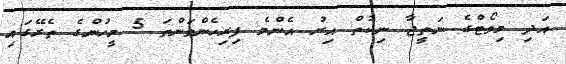
އަދި މިވޯޓްގެ ނަތީޖާ ނިކުތް އިރު އެންމެ ފިރިހެންވަންތަ 5 މީހުންގެ ތެރޭގައި